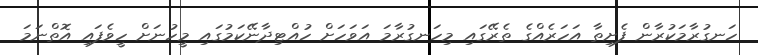
ހަނގުރާމަކުރާން ފެށިތާ އަހަރެއްގެ ތެރޭގައި މިހަނގުރާމަ އަވަހަށް ހުއްޓިދާނޭކަމުގައި މީހުނަށް ހީވެފައި އޮތްނަމަ